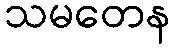
သမတေန